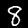
Label: 8